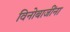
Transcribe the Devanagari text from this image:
विनोबाजींना